Civil Veterinary Department Bengal reports 1923-33 - 1923-1933
Year: 1923
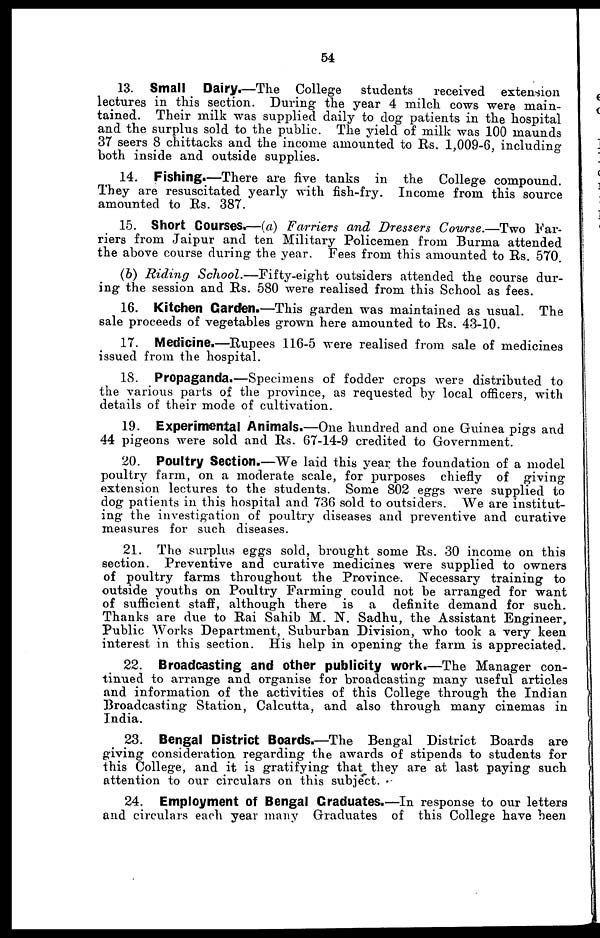
54
13. Small Dairy.—The College
students
received extension
lectures in this section. During the year 4 milch cows were main-
tained. Their milk was supplied daily to dog patients in the hospital
and the surplus sold to the public. The yield of milk was 100 maunds
37 seers 8 chittacks and the income amounted to Rs. 1,009-6, including
both inside and outside supplies.
14. Fishing.—There are five tanks in the College compound.
They are resuscitated yearly with fish-fry. Income from this source
amounted to Rs. 387.
15. Short Courses.—(a) Farriers and Dressers Cowrse.—Two Far-
riers from Jaipur and ten Military Policemen from Burma attended
the above course during the year. Fees from this amounted to Rs. 570.
(b) Riding School.—Fifty-eight
outsiders attended the course dur-
ing the session and Rs. 580 were realised from this School as fees.
16. Kitchen Garden.—This garden was maintained as usual. The
sale proceeds of vegetables grown here amounted to Rs. 43-10.
17. Medicine.—Rupees 116-5 were realised from sale of medicines
issued from the hospital.
18. Propaganda.—Specimens of fodder crops were distributed to
the various parts of the province, as requested by local officers, with
details of their mode of cultivation.
19. Experimental Animals.—One hundred and one Guinea pigs and
44 pigeons were sold and Rs. 67-14-9 credited to Government.
20. Poultry Section.—We laid this year the foundation of a model
poultry farm, on a moderate scale, for purposes chiefly of giving
extension lectures to the students. Some 802 eggs were supplied to
dog patients in this hospital and 736 sold to outsiders. We are institut-
ing the investigation of poultry diseases and preventive and curative
measures for such diseases.
21. The surplus eggs sold, brought some Rs. 30 income on this
section. Preventive and curative medicines were supplied to owners
of poultry farms throughout the Province. Necessary training to
outside youths on Poultry Farming could not be arranged for want
of sufficient staff, although there is a definite demand for such.
Thanks are due to Rai Sahib M. N. Sadhu, the Assistant Engineer,
Public Works Department, Suburban Division, who took a very keen
interest in this section. His help in opening the farm is appreciated.
22. Broadcasting and other publicity work.—The Manager con-
tinued to arrange and organise for broadcasting many useful articles
and information of the activities of this College through the Indian
Broadcasting Station, Calcutta, and also through many cinemas in
India.
23. Bengal District Boards.—The Bengal District Boards are
giving consideration regarding the awards of stipends to students for
this College, and it is gratifying that they are at last paying such
attention to our circulars on this subject.
24. Employment of Bengal Graduates.—In response to our letters
and circulars each year many Graduates of this College have been